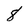
Character: 8